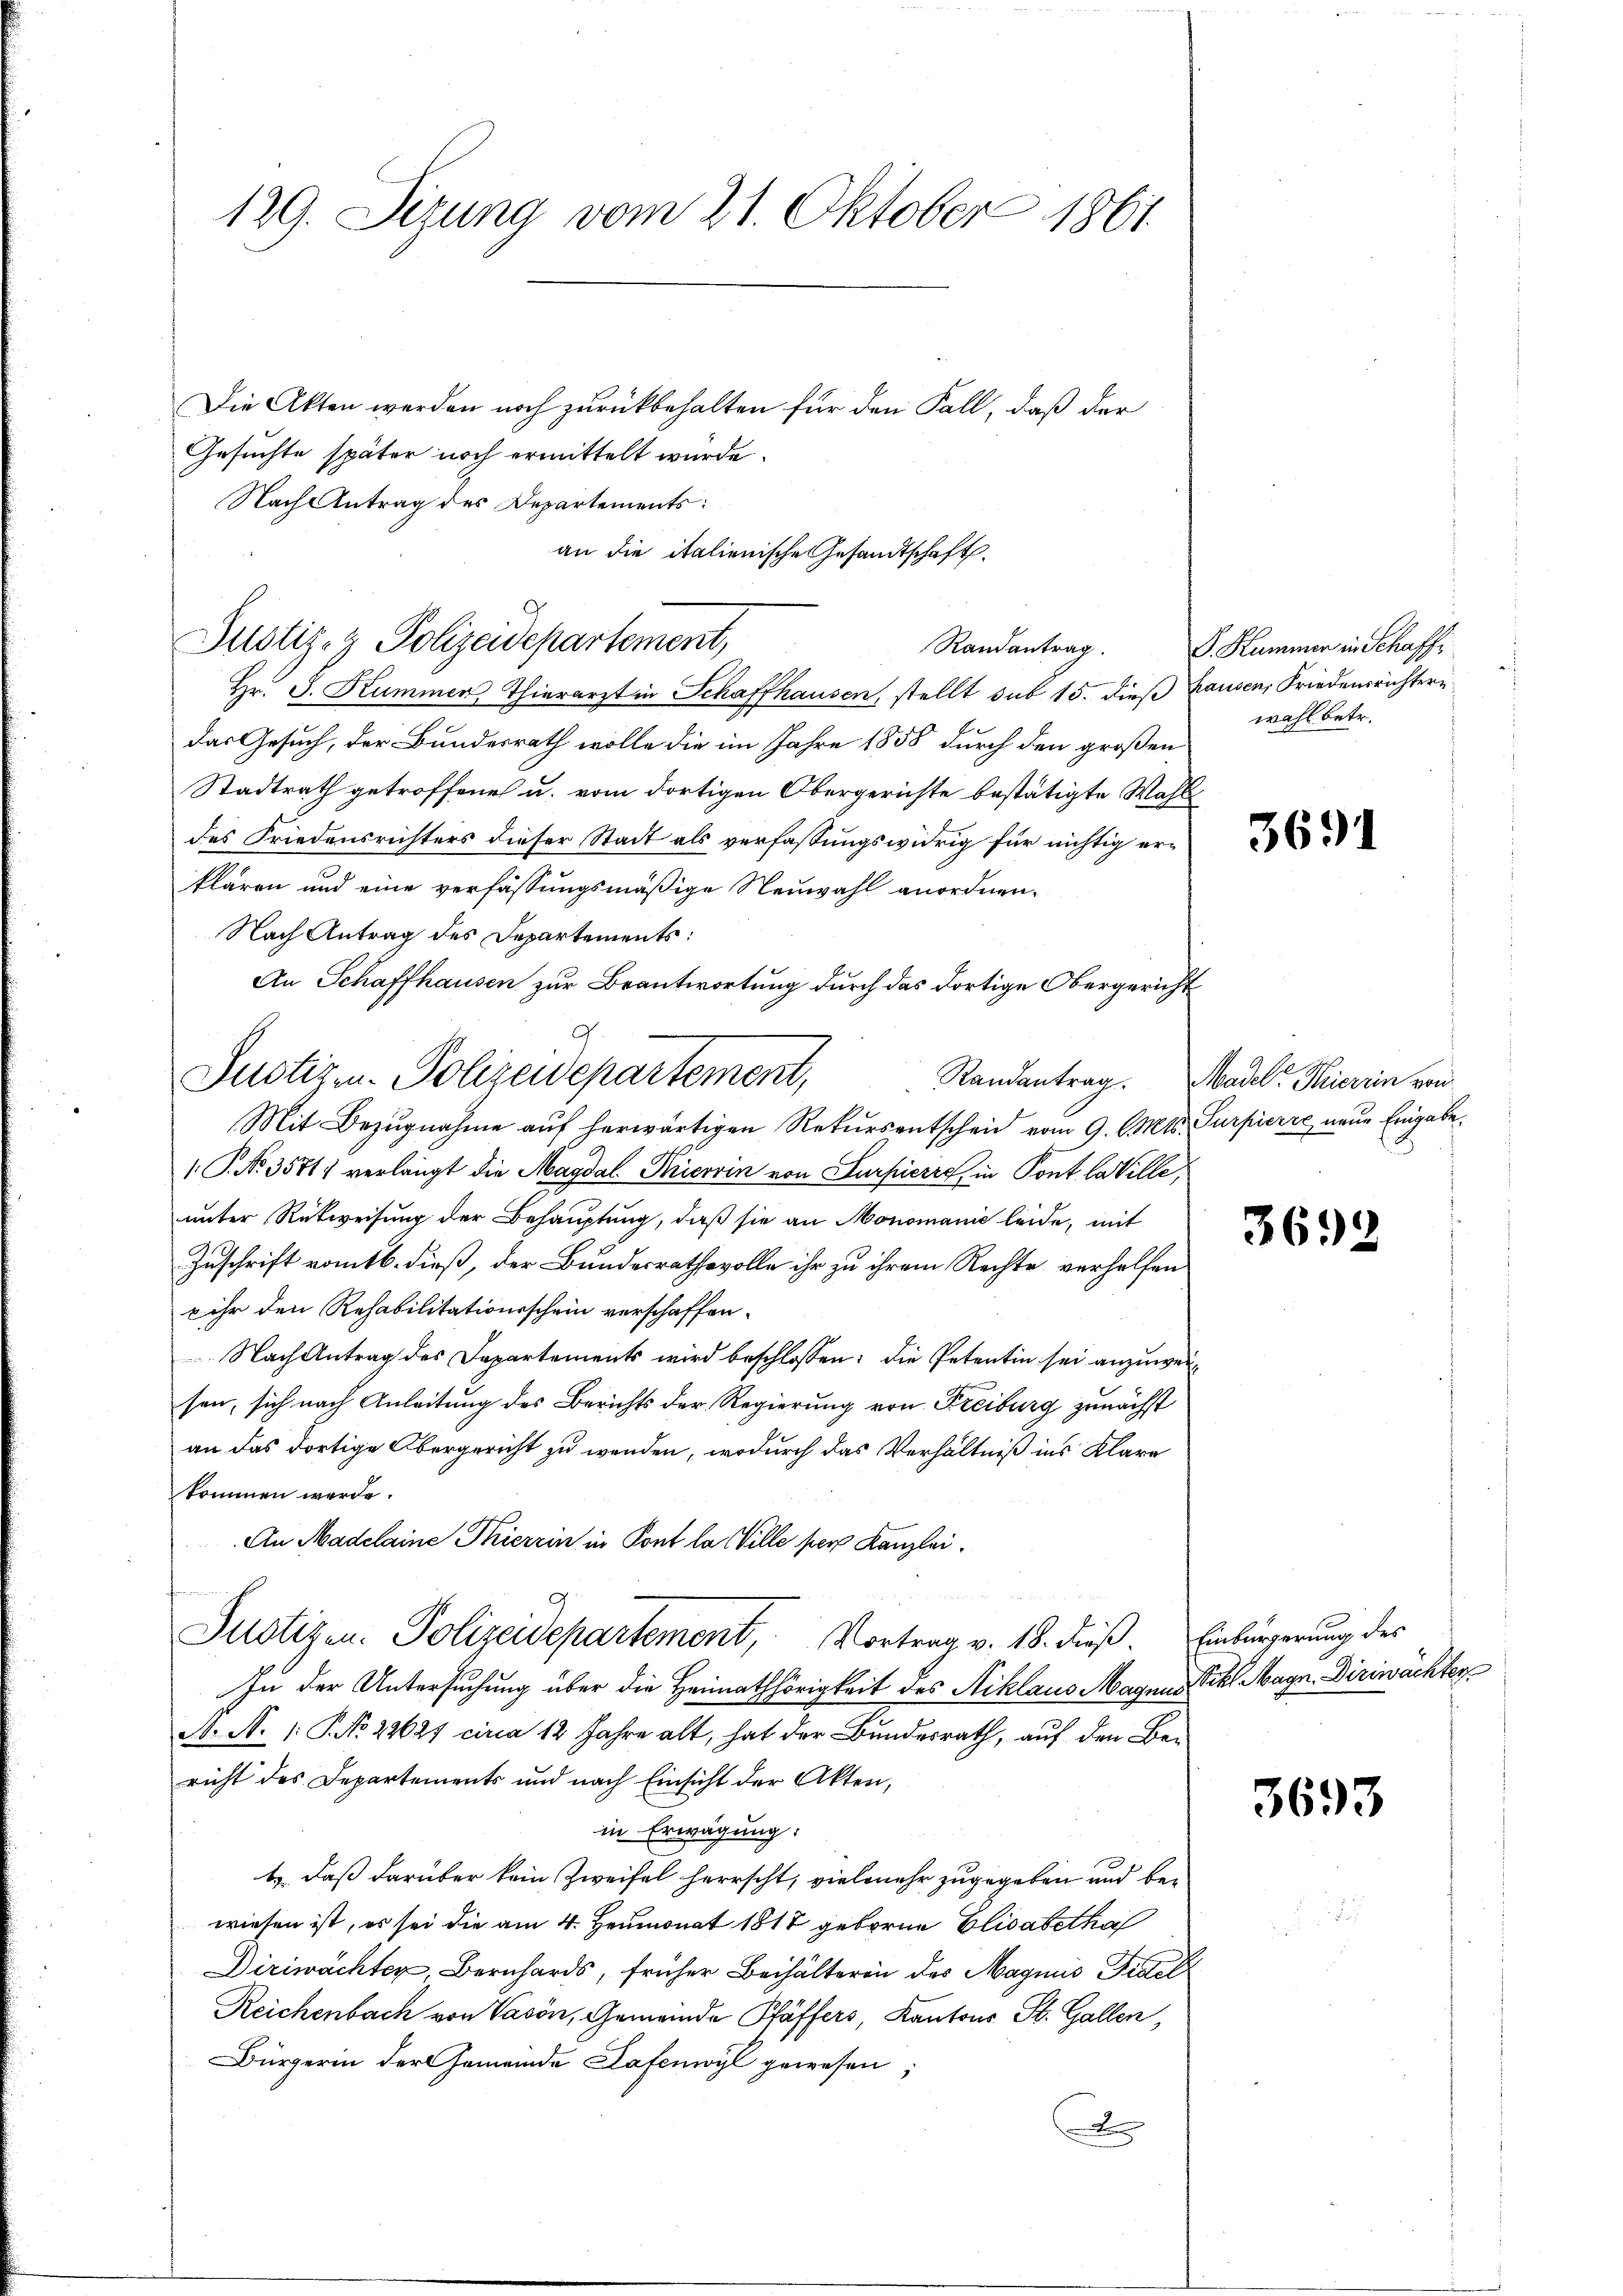
129. Sizung vom 21. Oktober 1861

Die Akten werden noch zurückbehalten für den Fall, daß der
Gesuchte später noch ermittelt wurde.
Nach Antrag des Departements:
an die italienische Gesandtschaft.

Justiz- & Polizeidepartement,
Randantrag.

Hr. J. Kummer Thierarzt in Schaffhausen, stellt sub 15. dieß hausen, Friedensrichtern
das Gesuch, der Bundesrath wolle die im Jahre 1858 durch den großen
Stadtrath getroffenen u. vom dortigen Obergerichte bestätigte Wahldes Friedensrichters dieser Stadt als verfassungswidrig für nichtig erklären und eine verfassungsmäßige Neuwahl anordnen.
Nach Antrag des Departements:
An Schaffhausen zur Beantwortung durch das dortige Obergericht
Mit Bezugnahme auf herwärtigen Rekursentscheid vom 9. Cts. Turpierre, neue Eingabe
1. P. Nr. 3571) verlangt die Magdal-Pierrin von Surpierre, in Pont la ville,
unter Rückweisung der Behauptung, daß sie an Monomanić leide, mit
Zuschrift vom 16. dieß, der Bundesrathsvolle ihr zu ihrem Rechte verhelfen
x ihr den Rehabilitationsschein verschaffen.
Nach Antrag des Departements wird beschlossen: die Petentin sei anzuweisen, sich nach Anleitung des Berichts der Regierung von Freiburg zunächst
an das dortige Obergericht zu wenden, wodurch das Verhältniß ins Klara
kommen werde.
An Madelaine Thierzin in Pont la Ville per Kanzlei
Justizen. Polizeidepartement, Vortrag v. 18. dieß. Einbürgerung des
Zu der Untersuchung über die Heimathörigkeit des Niklaus Magnus Pichl Magn. Diriwächter
N. N. 1: No 22627 circa 12 Jahre alt, hat der Bundesrath, auf den Bericht des Departements und nach Einsicht der Akten,
in Erwägung:
b. daß darüber kein Zweifel herrscht, vielmehr zugegeben und bewiesen ist, es sei die am 4. Heumonat 1817 geboren Elisabetha
Diriwächter, Bernhards, früher Beihälteren des Magnis Fidel
Reichenbach von Vason, Gemeinde Pfäffers, Kantons St. Gallen,
Bürgerin der Gemeinde Hafenwyl gewesen;
A

.
Justizen Polizeidepartement,

V. Kummer in Schaff
wahl betr.

3691

Randantrag. Madel, Thierein von

3692

3693